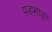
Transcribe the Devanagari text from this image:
पड़भाड़ा